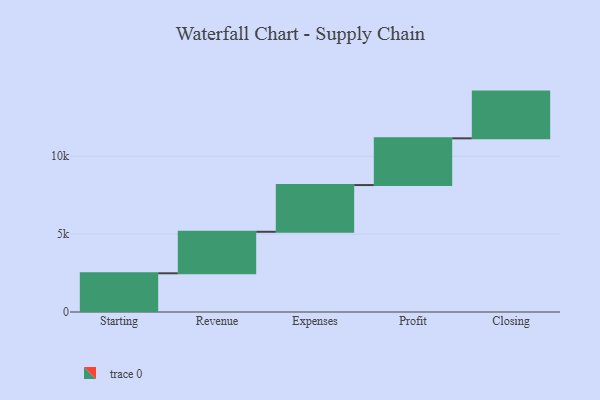
{"axis": {"x": "Step", "y": "Value"}, "legend": [""], "data": [{"x": "Starting", "y": 2485.0, "type": ""}, {"x": "Revenue", "y": 2665.0, "type": ""}, {"x": "Expenses", "y": 3000, "type": ""}, {"x": "Profit", "y": 3000, "type": ""}, {"x": "Closing", "y": 3000, "type": ""}]}